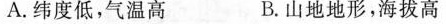
A.纬度低，气温高 B.山地地形，海拔高